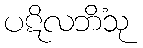
ပဋိလဘိံသု